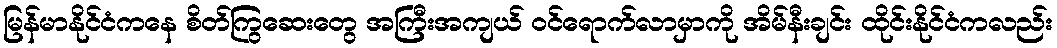
မြန်မာနိုင်ငံကနေ စိတ်ကြွဆေးတွေ အကြီးအကျယ် ဝင်ရောက်လာမှာကို အိမ်နီးချင်း ထိုင်းနိုင်ငံကလည်း